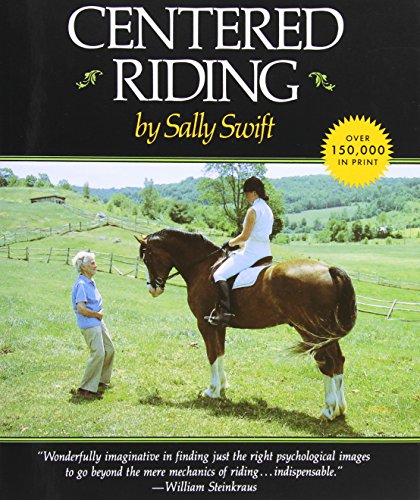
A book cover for Centered Riding (A Trafalgar Square Farm Book); Sally Swift; Crafts, Hobbies & Home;